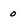
Character: o